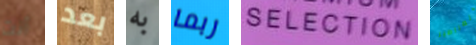
أنت بعد به ربما SELECTION الصراصير